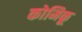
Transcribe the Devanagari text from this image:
कोमिकू